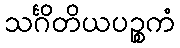
သင်္ဂိတိယပဉ္စကံ